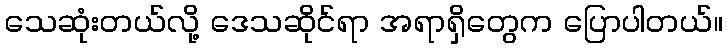
သေဆုံးတယ်လို့ ဒေသဆိုင်ရာ အရာရှိတွေက ပြောပါတယ်။